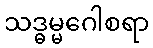
သဒ္ဓမ္မဂေါစရာ